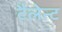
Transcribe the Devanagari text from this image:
टैलेन्ट